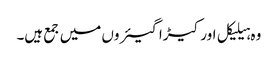
وہ ہیلیکل اور کیڑا گیئروں میں جمع ہیں۔